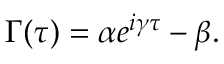
\Gamma ( \tau ) = \alpha e ^ { i \gamma \tau } - \beta .